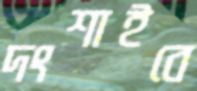
দংশাইবে